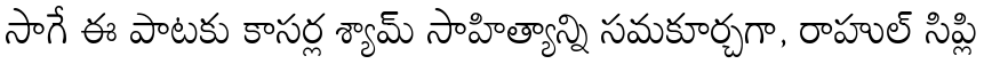
సాగే ఈ పాటకు కాసర్ల శ్యామ్ సాహిత్యాన్ని సమకూర్చగా, రాహుల్ సిప్లి